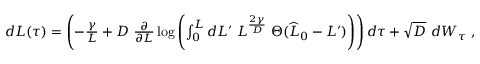
\begin{array} { r } { d L ( \tau ) = \left( - \frac { \gamma } { L } + D \ \frac { \partial } { \partial L } \log \left( \int _ { 0 } ^ { L } d L ^ { \prime } \; L ^ { \frac { 2 \gamma } { D } } \; \Theta ( \widehat { L } _ { 0 } - L ^ { \prime } ) \right) \right) d \tau + \sqrt { D } \ d W _ { \tau } \ , } \end{array}